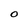
Character: O